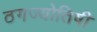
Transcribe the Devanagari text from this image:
ठगज्योतिषी